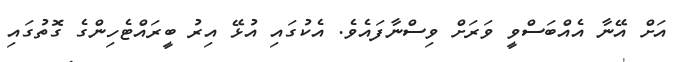
އަށް އޭނާ އެއްބަސްވީ ވަރަށް ވިސްނާފައެވެ. އެކުގައި އުޅޭ އިރު ބީރައްޓެހިންގެ ގޮތުގައި